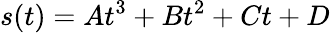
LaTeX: s(t)=At^{3}+Bt^{2}+Ct+D